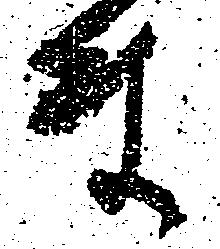
ま